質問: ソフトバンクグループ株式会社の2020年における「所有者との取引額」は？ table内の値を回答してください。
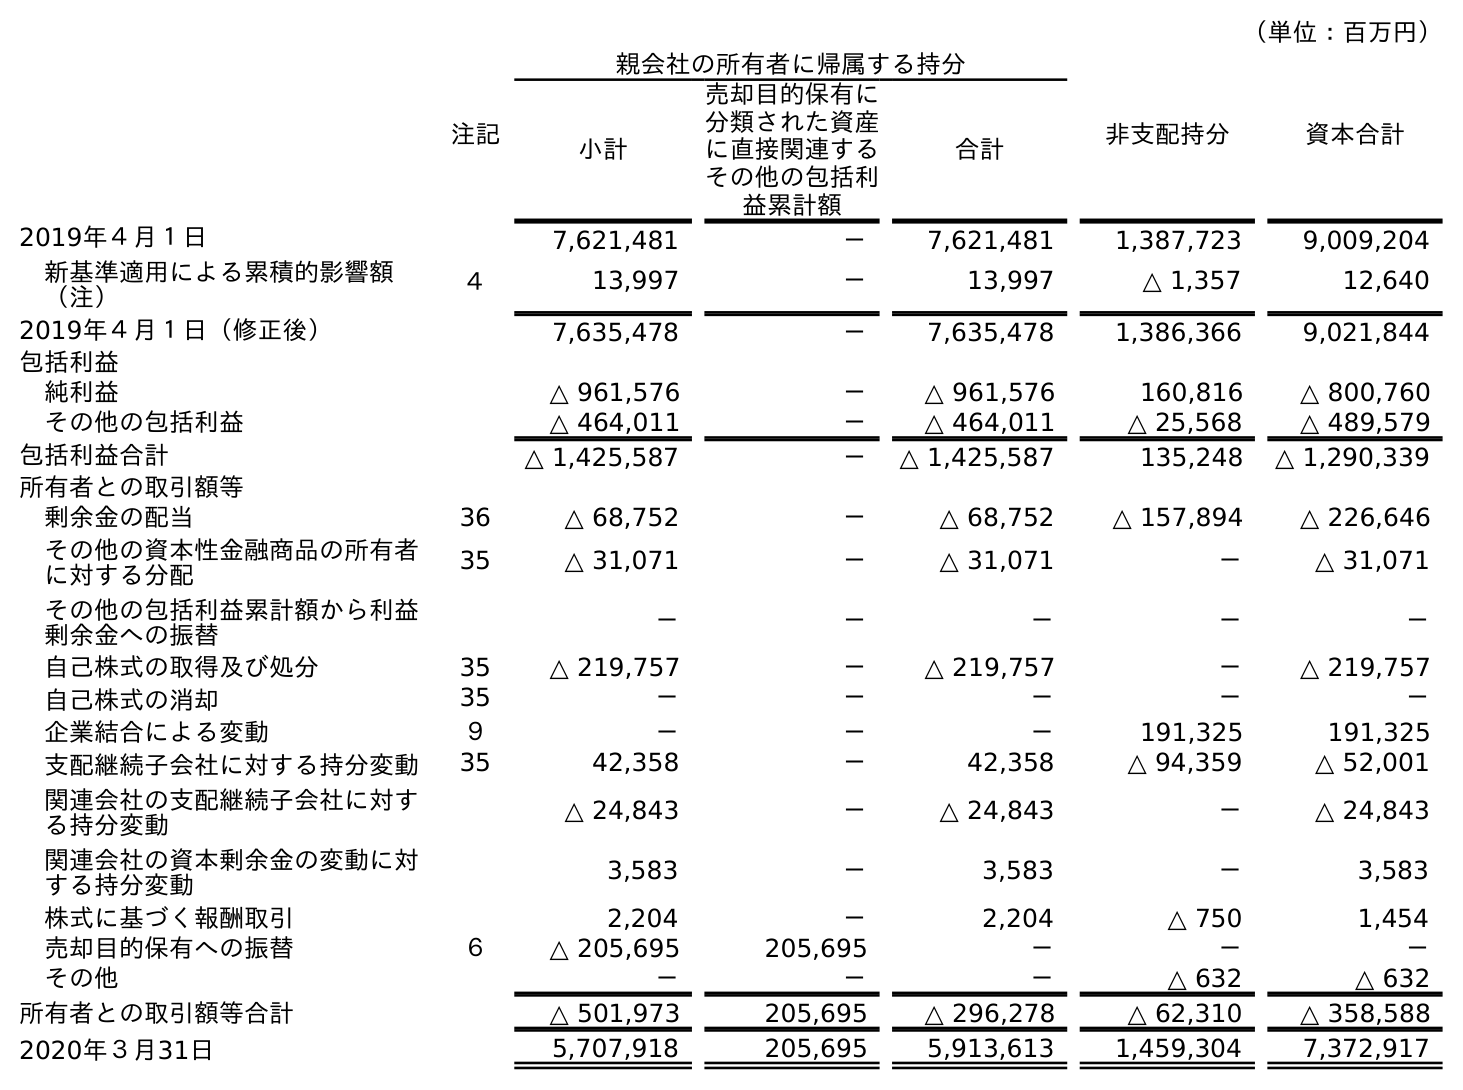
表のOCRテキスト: （単位：百万円） 注記 親会社の所有者に帰属する持分 非支配持分 資本合計 小計 売却目的保有に 分類された資産 に直接関連する その他の包括利 益累計額 合計 2019年４月１日 7,621,481 － 7,621,481 1,387,723 9,009,204 新基準適用による累積的影響額 （注） ４ 13,997 － 13,997 △ 1,357 12,640 2019年４月１日（修正後） 7,635,478 － 7,635,478 1,386,366 9,021,844 包括利益 純利益 △ 961,576 － △ 961,576 160,816 △ 800,760 その他の包括利益 △ 464,011 － △ 464,011 △ 25,568 △ 489,579 包括利益合計 △ 1,425,587 － △ 1,425,587 135,248 △ 1,290,339 所有者との取引額等 剰余金の配当 36 △ 68,752 － △ 68,752 △ 157,894 △ 226,646 その他の資本性金融商品の所有者 に対する分配 35 △ 31,071 － △ 31,071 － △ 31,071 その他の包括利益累計額から利益 剰余金への振替 － － － － － 自己株式の取得及び処分 35 △ 219,757 － △ 219,757 － △ 219,757 自己株式の消却 35 － － － － － 企業結合による変動 ９ － － － 191,325 191,325 支配継続子会社に対する持分変動 35 42,358 － 42,358 △ 94,359 △ 52,001 関連会社の支配継続子会社に対す る持分変動 △ 24,843 － △ 24,843 － △ 24,843 関連会社の資本剰余金の変動に対 する持分変動 3,583 － 3,583 － 3,583 株式に基づく報酬取引 2,204 － 2,204 △ 750 1,454 売却目的保有への振替 ６ △ 205,695 205,695 － － － その他 － － － △ 632 △ 632 所有者との取引額等合計 △ 501,973 205,695 △ 296,278 △ 62,310 △ 358,588 2020年３月31日 5,707,918 205,695 5,913,613 1,459,304 7,372,917
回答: △358,588